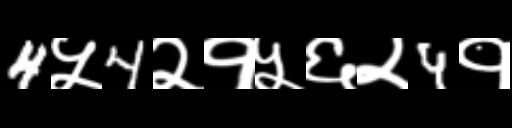
Text: 4५4२१५६२4१